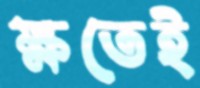
ক্ষতেই